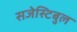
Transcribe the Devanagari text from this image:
सजेस्टिबुल